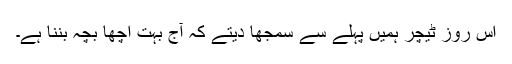
اس روز ٹیچر ہمیں پہلے سے سمجھا دیتے کہ آج بہت اچھا بچہ بننا ہے۔